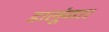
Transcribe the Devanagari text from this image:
डालूंगा।